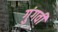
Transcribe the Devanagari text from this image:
गुंगवीं